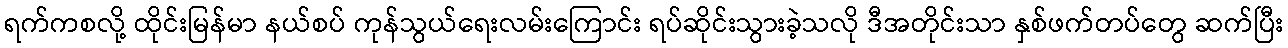
ရက်ကစလို့ ထိုင်းမြန်မာ နယ်စပ် ကုန်သွယ်ရေးလမ်းကြောင်း ရပ်ဆိုင်းသွားခဲ့သလို ဒီအတိုင်းသာ နှစ်ဖက်တပ်တွေ ဆက်ပြီး